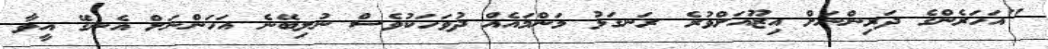
"އަހަރެންގެ ދަރިންނަށް އިޒޫއަށްވުރެ ރަނގަޅު މަންމައެއް ދުވަހަކުވެސް ނުލިބޭނެ އަހަންނަށް އެނގޭ އީވާ